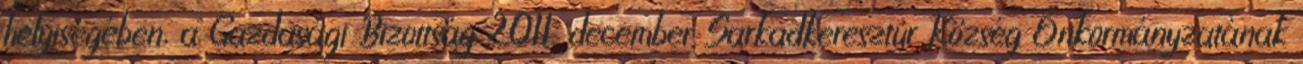
helyiségében, a Gazdasági Bizottság 2011. december Sarkadkeresztúr Község Önkormányzatának